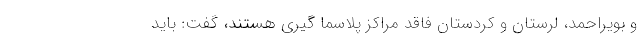
و بویراحمد، لرستان و کردستان فاقد مراکز پلاسما گیری هستند، گفت: باید